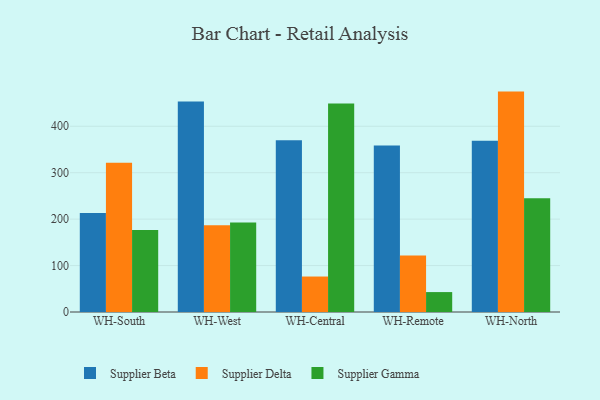
{"axis": {"x": "Warehouse", "y": "Tickets Resolved"}, "legend": ["Supplier Beta", "Supplier Delta", "Supplier Gamma"], "data": [{"x": "WH-South", "y": 213.0, "type": "Supplier Beta"}, {"x": "WH-South", "y": 321.6, "type": "Supplier Delta"}, {"x": "WH-South", "y": 176.4, "type": "Supplier Gamma"}, {"x": "WH-West", "y": 453.4, "type": "Supplier Beta"}, {"x": "WH-West", "y": 187.0, "type": "Supplier Delta"}, {"x": "WH-West", "y": 192.8, "type": "Supplier Gamma"}, {"x": "WH-Central", "y": 369.9, "type": "Supplier Beta"}, {"x": "WH-Central", "y": 76.4, "type": "Supplier Delta"}, {"x": "WH-Central", "y": 449.0, "type": "Supplier Gamma"}, {"x": "WH-Remote", "y": 358.7, "type": "Supplier Beta"}, {"x": "WH-Remote", "y": 121.7, "type": "Supplier Delta"}, {"x": "WH-Remote", "y": 42.9, "type": "Supplier Gamma"}, {"x": "WH-North", "y": 369.0, "type": "Supplier Beta"}, {"x": "WH-North", "y": 474.7, "type": "Supplier Delta"}, {"x": "WH-North", "y": 244.9, "type": "Supplier Gamma"}]}